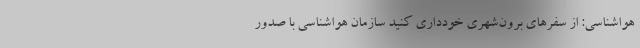
هواشناسی: از سفرهای برون‌شهری خودداری کنید سازمان هواشناسی با صدور